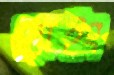
রোইং